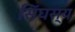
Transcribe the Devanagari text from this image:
सिंघस्य